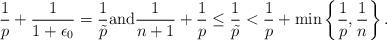
LaTeX: \begin{align*} \frac{1}{p}+\frac{1}{1+\epsilon_{0}}=\frac{1}{\tilde{p}}\mbox{and} \frac{1}{n+1}+\frac{1}{p}\leq \frac{1}{\tilde{p}} <\frac{1}{p}+\min\left\{\frac{1}{p},\frac{1}{n}\right\}. \end{align*}